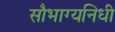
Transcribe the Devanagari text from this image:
सौभाग्यनिधी